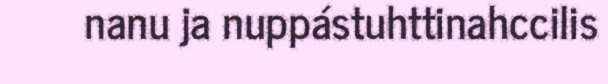
nanu ja nuppástuhttinahccilis